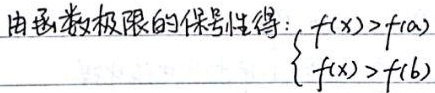
由函数极限的保号性得：
\[
\begin{cases}
\text{$f(x)>f(a)$}\\
\text{$f(x)>f(b)$}
\end{cases}
\]